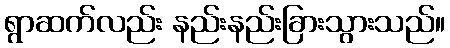
ရွာဆက်လည်း နည်းနည်းခြားသွားသည်။